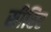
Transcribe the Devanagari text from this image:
सीरिए